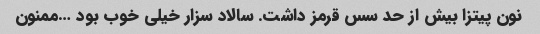
نون پیتزا بیش از حد سس قرمز داشت. سالاد سزار خیلی خوب بود …ممنون